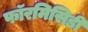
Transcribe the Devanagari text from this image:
फॉरमिसिडी